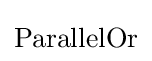
{\text{ParallelOr}}